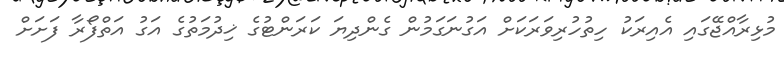
މުޅިރާއްޖޭގައި އެއިރަކު ހިތުހުރިވަރަކަށް އަގުނަގަމުން ގެންދިޔަ ކަރަންޓުގެ ޚިދުމަތުގެ އަގު އަތްފޯރާ ފަށަށް